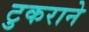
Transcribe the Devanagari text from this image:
टुकराने